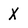
Character: X